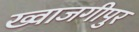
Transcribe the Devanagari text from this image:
ख्वाजगीपुर